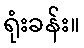
ရုံးခန်း။